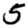
Digit: 5